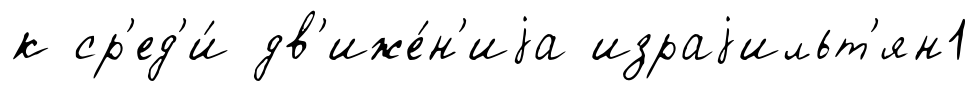
к ср'ед'и́ дв'иже́н'иjа израjильт'ян1